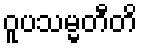
ဝူပသမ္မတီတိ